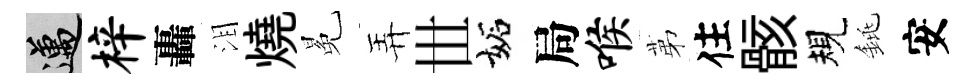
邁梓轟泪燒冕弄𠀍妬局喉苐住骸規銚安